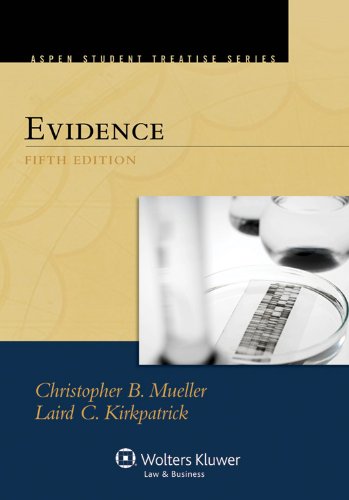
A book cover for Evidence, Fifth Edition (Aspen Student Treatise Series); Christopher B. Mueller; Law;